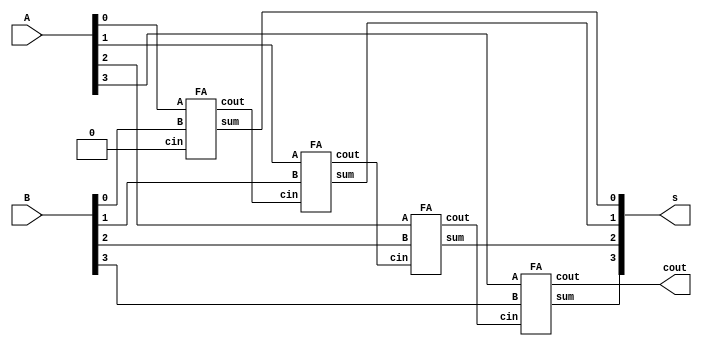
`timescale 1ns/100ps
module full_adder_4bit(A, B, cout, s);
  input [3:0] A;
  input [3:0] B;
  output     cout;
  output [3:0] s;

  wire c0, c1, c2; 

  FA fa0(A[0],B[0],1'b0, c0, s[0]);
  FA fa1(A[1],B[1],c0, c1, s[1]);
  FA fa2(A[2],B[2],c1, c2, s[2]);
  FA fa3(A[3],B[3],c2, cout, s[3]);
 
endmodule

module FA(A, B, cin, cout, sum);
  input A;
  input B;
  input cin;
  output cout;
  output sum;

  assign sum = A ^ B ^ cin;
  assign cout = (A & B)|(A&cin)|(B&cin);

endmodule